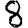
Digit: 8